Bombay plague: being a history of the progress of plague in the Bombay presidency from September 1896 to June 1899
Year: 1896
Disease focus: Plague
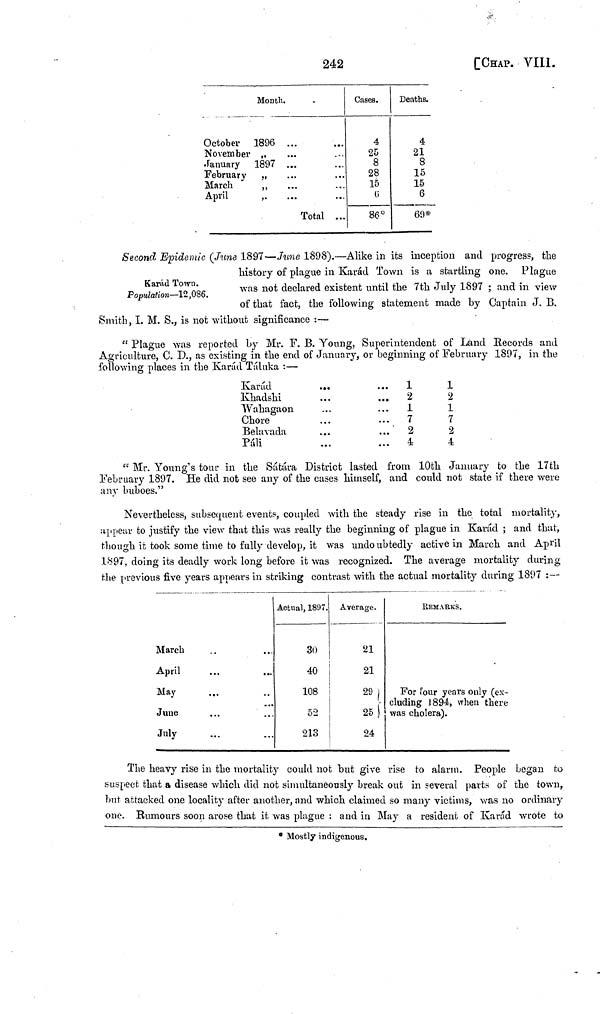
242
[CHAP. VIII.
October
November
January
February
March
April
Month.
1896
,,
1897
,,
,,
,,
...
...
...
...
...
...
...
...
...
...
Total ...
Cases.
4
25
8
28
15
6
86*
Deaths.
4
21
8
15
15
6
69*
Karád Town.
Population—12,086.
Second Epidemic (June 1897—June 1898).—Alike in its inception and progress, the
history of plague in Karád Town is a startling one. Plague
was not declared existent until the 7th July 1897 ; and in view
of that fact, the following statement made by Captain J. B.
Smith, I. M. S., is not without significance :—
"Plague was reported by Mr. F. B. Young, Superintendent of Land Records and
Agriculture, C. D., as existing in the end of January, or beginning of February 1897, in the
following places in the Karád Táluka :—
Karád
Khadshi
Wahagaon
Chore
Belavada
Páli
...
...
...
...
...
...
...
...
..
...
...
...
1
2
1
7
2
4
1
2
1
7
2
4
" Mr. Young's tour in the Sátára District lasted from 10th January to the 17th
February 1897. He did not see any of the cases himself, and could not state if there were
any buboes."
Nevertheless, subsequent events, coupled with the steady rise in the total mortality,
appear to justify the view that this was really the beginning of plague in Karád ; and that,
though it took some time to fully develop, it was undo ubtedly active in March and April
1897, doing its deadly work long before it was recognized. The average mortality during
the previous five years appears in striking contrast with the actual mortality during 1897 :—
March
April
May
June
July
...
...
···
...
...
...
...
...
...
...
Actual, 1897.
30
40
108
52
213
Average.
21
21
29
25
24
REMARKS.
For four years
eluding 1894, when
was cholera).
only (ex-
when there
The heavy rise in the mortality could not but give rise to alarm. People began to
suspect that a disease which did not simultaneously break out in several parts of the town,
but attacked one locality after another, and which claimed so many victims, was no ordinary
one. Rumours soon arose that it was plague : and in May a resident of Karád wrote to
* Mostly indigenous.